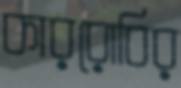
কাররোবির